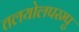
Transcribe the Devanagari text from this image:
तलयोलपरम्पु